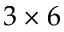
3 \times 6